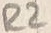
Text: R2